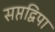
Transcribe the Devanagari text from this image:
सप्तद्विपा